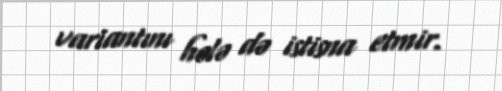
variantını hələ də istisna etmir.